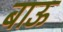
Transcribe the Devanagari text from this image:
बाऊ